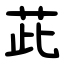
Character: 茈